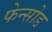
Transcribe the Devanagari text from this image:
फेन्सोड